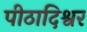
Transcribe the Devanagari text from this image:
पीठादिश्वर